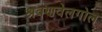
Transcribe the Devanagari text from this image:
श्रवणवेलगोल